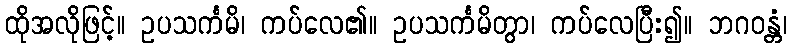
ထိုအလိုဖြင့်။ ဥပသင်္ကမိ၊ ကပ်လေ၏။ ဥပသင်္ကမိတွာ၊ ကပ်လေပြီး၍။ ဘဂဝန္တံ၊